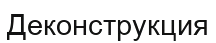
Деконструкция